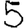
Digit: 5